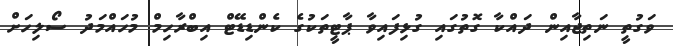
ވަގުތީ ނަތިޖާއިން ދައްކާ ގޮތުގައި ގުޅިފައިވާ ޕާޓީތަކުގެ ކެންޑިޑޭޓް އިބްރާހިމް މުހައްމަދު ސޯލިހަށް